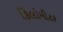
કિલોમીટર